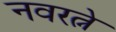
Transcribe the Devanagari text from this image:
नवरत्ने